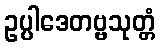
ဥပ္ပါဒေတဗ္ဗသုတ္တံ